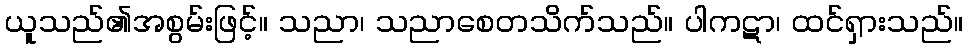
ယူသည်၏အစွမ်းဖြင့်။ သညာ၊ သညာစေတသိက်သည်။ ပါကဋာ၊ ထင်ရှားသည်။